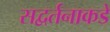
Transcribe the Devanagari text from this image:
सद्वर्तनाकडे